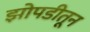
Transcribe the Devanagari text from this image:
झोपडीतून